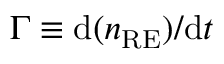
\Gamma \equiv \mathrm { d } ( n _ { \mathrm { R E } } ) / \mathrm { d } t